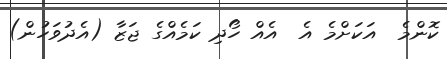
ކޮންމެ  އަކަށްމެ އެ  އެއް ހޯދި ކަމެއްގެ ޖަޒާ (އެދުވަހުން)